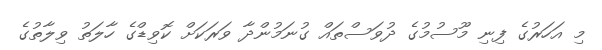
މި އަހަރުގެ ފިނި މޫސުމުގެ ދުވަސްތައް ގުނަމުންދާ ވަރަކަށް ކޮވިޑްގެ ހާލަތު ވިލާތުގެ